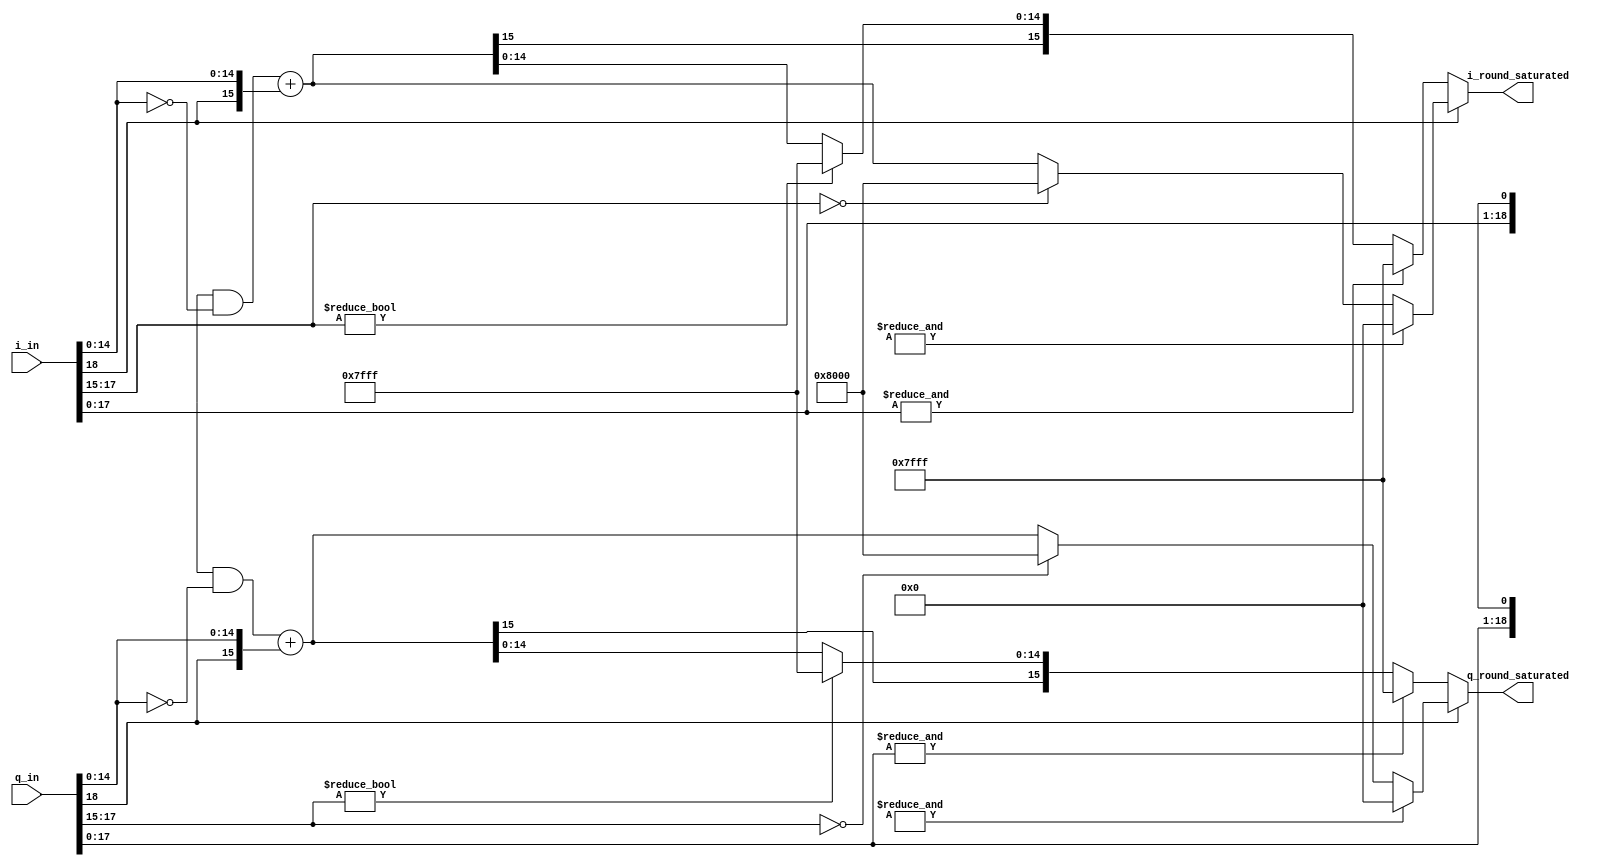
module RoundSaturate #(parameter    IN_WORD_LENGTH    = 19,  IN_INT_LENGTH    = 3, IN_FLOAT_LENGTH    = 15, 
                                    OUT_WORD_LENGTH   = 16, OUT_INT_LENGTH   = 0, OUT_FLOAT_LENGTH   = 15) (


    output reg  signed [OUT_WORD_LENGTH-1:0] i_round_saturated,
    output reg  signed [OUT_WORD_LENGTH-1:0] q_round_saturated,
    input  wire signed [IN_WORD_LENGTH -1:0] i_in,
    input  wire signed [IN_WORD_LENGTH -1:0] q_in
    
);


//INPUT  NOTATION ---> SX.Y
//OUTPUT NOTATION ---> SA.B
//
//in this module we have A<X and/or B<Y 
//so we have to do (ROUND & SATURATION) to minimize the error due to TRUNCATION of some input bits
//
//We do the following to get the ouput...
//
// 1.    S is the most bit of the INPUT
// 2.    A is the least bits of X
// 3.    B is the most bits of Y
//
// 4.    ROUND HALF UP , MEANS adding the MSB of the truncated floating part to A
//       EXAMPLE: INPUT = S1.4 = 00.0011 , OUTPUT SIZE = S1.3
//                OUTPUT SIGN = 0, OUTPUT INTEGER = 0, OUTPUT FLOAT = 001 + 1 = 010 ---> OUTPUT = 00.010
//                
// 5.    SATURATE the OUTPUT if the following two conditions occured (all of them)
//       1- A < X
//       2- The value stored in X > the value stored in A
//       3- The SIGN = 0 (POSITIVE NUMBER ONLY)
//          Example: INPUT = S2.1 = 010.1 , OUTPUT SIZE = S1.1
//                   OUTPUT SIGN = 0, A = 0
//                   in this case A<X (0<2) , so the OUTPUT = S1.1 = 01.1
//       
//

wire round_half_up_i;
wire round_half_up_q;
reg saturate_i;
reg saturate_q;


    //// input = 0.00101011 , we want to present it in 4 floating bits
    //// round_half_up_i = 0.0010(1)011
    //// if input = 0.1111111 , round_half_up must be zero
    assign round_half_up_i    = i_in[IN_FLOAT_LENGTH - OUT_FLOAT_LENGTH -1] && (~i_in[IN_FLOAT_LENGTH -1 : IN_FLOAT_LENGTH - OUT_FLOAT_LENGTH]); 
    assign round_half_up_q    = q_in[IN_FLOAT_LENGTH - OUT_FLOAT_LENGTH -1] && (~q_in[IN_FLOAT_LENGTH -1 : IN_FLOAT_LENGTH - OUT_FLOAT_LENGTH]);



generate
        if (IN_INT_LENGTH>0 ) begin
            always @(*) begin

        
                                  

                //                                {  Sign                                           ,     Float}
                //                                {  most bit                                       ,     most bits of float } 
                //                                {  IN[1+(X+Y)-1]                                  ,     IN[Y-1 : Y-B] }
                i_round_saturated = round_half_up_i + {i_in[IN_WORD_LENGTH -1] ,   i_in[ IN_FLOAT_LENGTH -1 : IN_FLOAT_LENGTH - OUT_FLOAT_LENGTH ]};
                q_round_saturated = round_half_up_q + {q_in[IN_WORD_LENGTH -1] ,   q_in[ IN_FLOAT_LENGTH -1 : IN_FLOAT_LENGTH - OUT_FLOAT_LENGTH ]};


                if (i_in[IN_WORD_LENGTH -1]) begin // POSITIVE or NEGATIVE
                    
                    if (!i_in[IN_FLOAT_LENGTH + IN_INT_LENGTH -1 : IN_FLOAT_LENGTH]) begin 
                        //// if integer part = 0 , the number will less than -1 , so the output should be maximum negative (1.0000)
                        i_round_saturated = {i_in[IN_WORD_LENGTH -1] , { (OUT_WORD_LENGTH -1) {1'b0}} };
                    end
                    if (&i_in[IN_FLOAT_LENGTH + IN_INT_LENGTH -1 : IN_FLOAT_LENGTH - OUT_FLOAT_LENGTH -1]) begin
                        //// if the floating part equal all ones (1.111111) this means maximum positive , matlab reduces it to zero (0.0000)
                        i_round_saturated = { (OUT_WORD_LENGTH -1) {1'b0}};
                    end
                end
                else begin
                    if (i_in[IN_INT_LENGTH  + IN_FLOAT_LENGTH -1 : IN_FLOAT_LENGTH ]) begin
                       i_round_saturated [OUT_WORD_LENGTH -2:0] = { (OUT_WORD_LENGTH -1) {1'b1}}; 
                    end
                    if (&i_in[IN_FLOAT_LENGTH + IN_INT_LENGTH -1 : IN_FLOAT_LENGTH - OUT_FLOAT_LENGTH]) begin
                        i_round_saturated = { (OUT_WORD_LENGTH -1) {1'b1}};
                    end
                end

                if (q_in[IN_WORD_LENGTH -1]) begin
                    
                    if (!q_in[IN_FLOAT_LENGTH + IN_INT_LENGTH -1 : IN_FLOAT_LENGTH]) begin
                        q_round_saturated = {q_in[IN_WORD_LENGTH -1] , { (OUT_WORD_LENGTH -1) {1'b0}} };
                    end
                    if (&q_in[IN_FLOAT_LENGTH + IN_INT_LENGTH -1 : IN_FLOAT_LENGTH - OUT_FLOAT_LENGTH -1]) begin
                        q_round_saturated = {(OUT_WORD_LENGTH -1){1'b0}};
                    end
                end
                else begin
                    if (q_in[IN_INT_LENGTH + IN_FLOAT_LENGTH -1 : IN_FLOAT_LENGTH]) begin
                       q_round_saturated [OUT_WORD_LENGTH -2:0] = { (OUT_WORD_LENGTH -1) {1'b1}};
                    end
                    if (&q_in[IN_FLOAT_LENGTH + IN_INT_LENGTH -1 : IN_FLOAT_LENGTH - OUT_FLOAT_LENGTH]) begin
                        q_round_saturated = {(OUT_WORD_LENGTH -1){1'b1}};
                    end
                end  
            end
        end
        else begin
            always @(*) begin
                i_round_saturated =   round_half_up_i +  {i_in[IN_WORD_LENGTH -1] ,i_in[ IN_FLOAT_LENGTH -1 : IN_FLOAT_LENGTH - OUT_FLOAT_LENGTH ]};
                q_round_saturated =   round_half_up_q +  {q_in[IN_WORD_LENGTH -1] ,q_in[ IN_FLOAT_LENGTH -1 : IN_FLOAT_LENGTH - OUT_FLOAT_LENGTH ]};
                // if input= all ones (minimum negative), output equal all zeros
                if (&i_in[1+ IN_FLOAT_LENGTH -1 : IN_FLOAT_LENGTH - OUT_FLOAT_LENGTH -1]) begin
                    i_round_saturated = { (OUT_WORD_LENGTH -1) {1'b0}};
                end
                if (&q_in[1+ IN_FLOAT_LENGTH -1 : IN_FLOAT_LENGTH - OUT_FLOAT_LENGTH -1]) begin
                    q_round_saturated = { (OUT_WORD_LENGTH -1) {1'b0}};
                end
            end
        end
endgenerate




    
endmodule